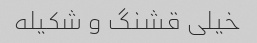
خیلی قشنگ و شکیله